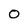
Character: 0